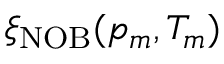
\xi _ { \mathrm { N O B } } ( p _ { m } , T _ { m } )